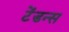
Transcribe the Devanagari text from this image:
टेंडन्स